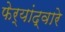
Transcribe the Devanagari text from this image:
फेर्‍यांद्वारे